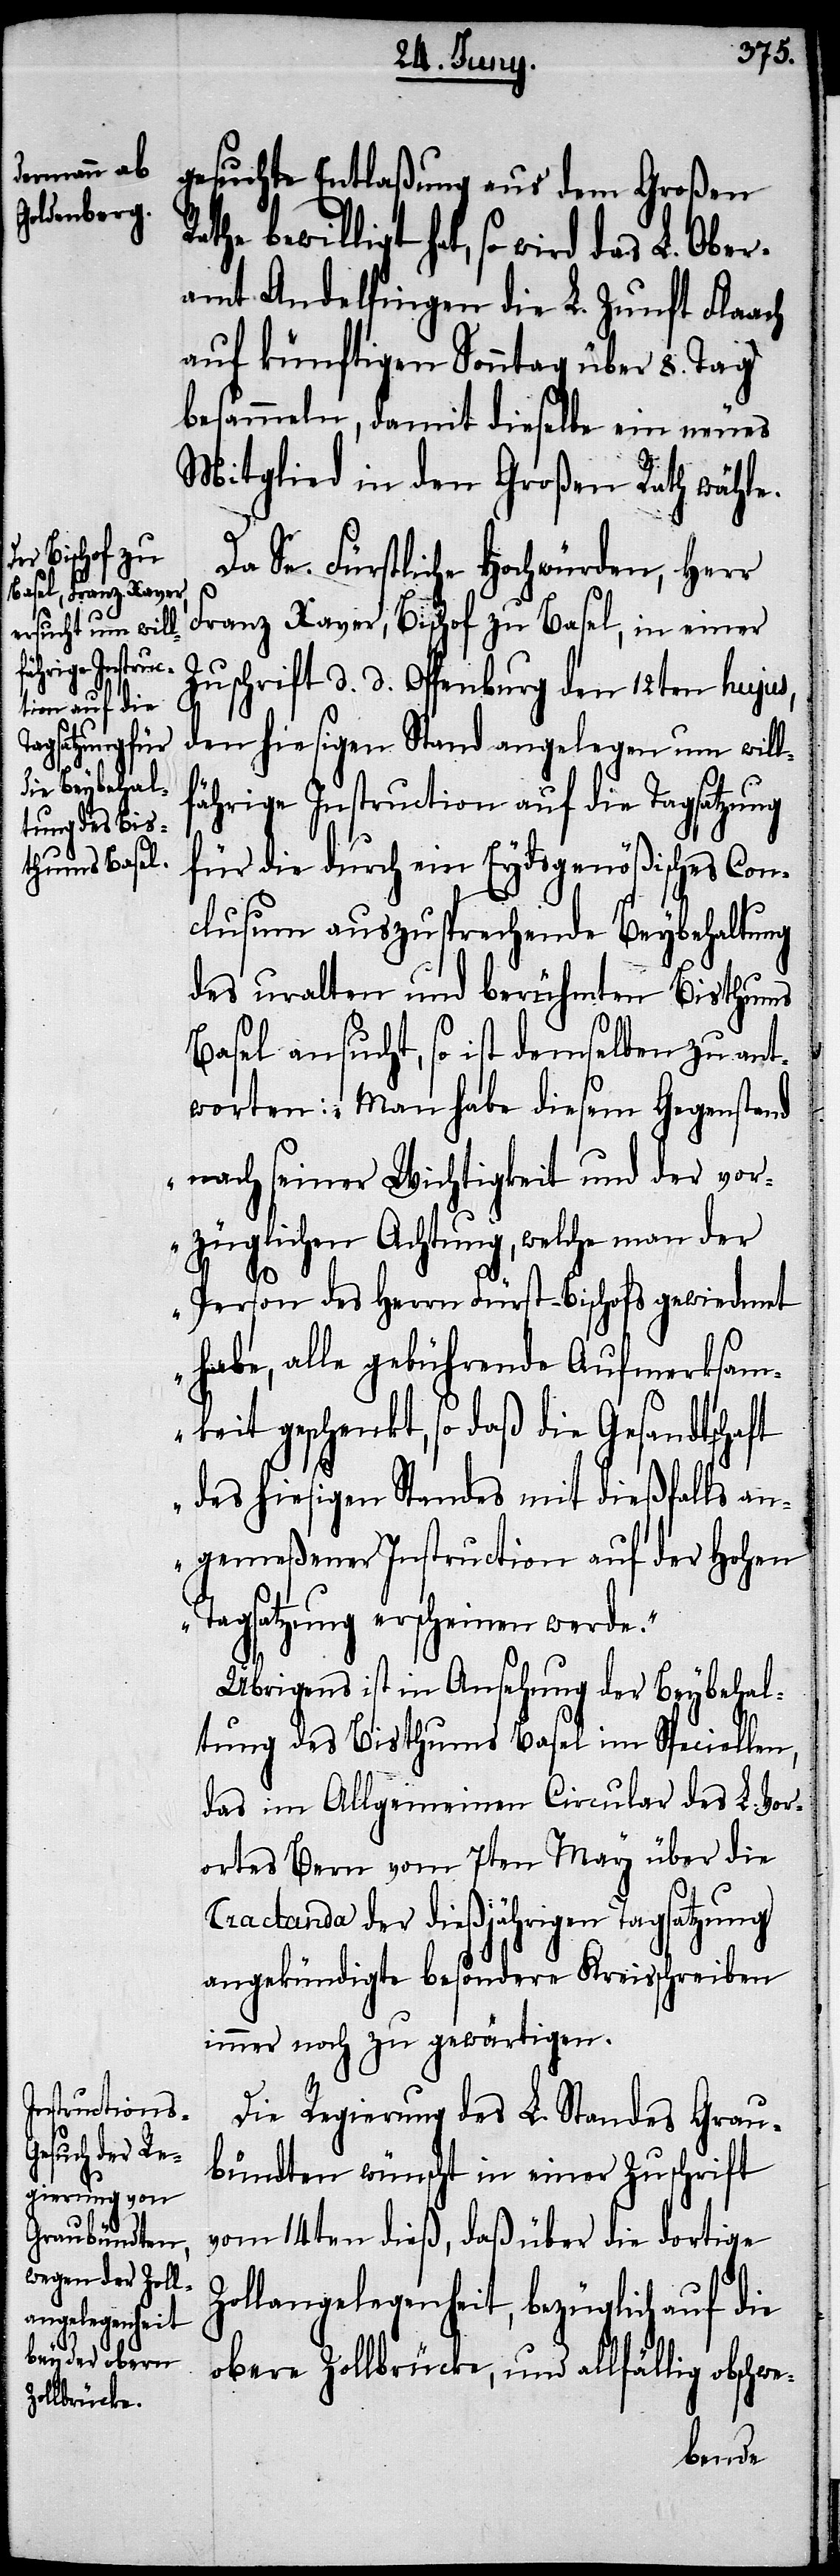
gesuchte Entlaßung aus dem Großen
bewilligt hat, so wird das L. Ober¬
amt Andelfingen die L. Zunft Flaach
auf künftigen Sonntag über 8. Tag
besammeln, damit dieselbe ein neues
Mitglied in dem Großen Rath wähle.
Da Se. Fürstliche Hochwürden, Herr
Franz Xaver, Bischof zu Basel, in einer
Zuschrift d. d. Offenburg den 12ten hujus,
den hiesigen Stand angelegen um will¬
fährige Instruction auf die Tagsatzung
für die durch ein Eydsgenößisches Con¬
clusum auszusprechende Beybehaltung
des uralten und berühmten Bisthums
Basel ansucht, so ist demselben zu ant¬
worten: „Man habe diesem Gegenstand
nach seiner Wichtigkeit und der vor¬
züglichen Achtung, welche man der
Person des Herrn Fürst-Bischofs gewiedmet
habe, alle gebührende Aufmerksam¬
keit geschenkt, so daß die Gesandtschaft
des hiesigen Standes mit dießfalls an¬
gemeßener Instruction auf der Hohen
Tagsatzung erscheinen werde.“
Übrigens ist in Ansehung der Beybehal¬
tung des Bisthums Basel im Speciellen,
das im Allgemeinen Circular des L. Vor¬
ortes Bern vom 7ten May über die
Tractanda der dießjährigen Tagsatzung
angekündigte besondere Kreisschreiben
immer noch zu gewärtigen.
Die Regierung des L. Standes Grau¬
bündten wünscht in einer Zuschrift
vom 14ten dieß, daß über die dortige
Zollangelegenheit, bezüglich auf die
obere Zollbrücke, und allfällig absch¬
we-